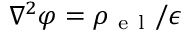
\nabla ^ { 2 } \varphi = \rho _ { \mathrm { ~ e ~ l ~ } } / \epsilon